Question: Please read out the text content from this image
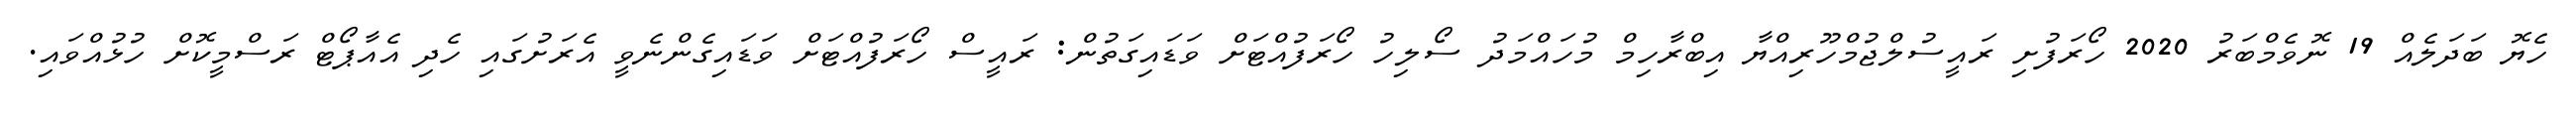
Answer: ހެޔޮ ބަދަލެއް 19 ނޮވެމްބަރު 2020 ހޯރަފުށި ރައީސުލްޖުމްހޫރިއްޔާ އިބްރާހިމް މުހައްމަދު ސޯލިހު ހޯރަފުއްޓަށް ވަޑައިގަތުން: ރައީސް ހޯރަފުއްޓަށް ވަޑައިގެންނެވީ އެރަށުގައި ހެދި އެއާޕޯޓް ރަސްމީކޮށް ހުޅުއްވައި.